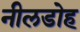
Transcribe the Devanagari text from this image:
नीलडोह